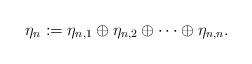
LaTeX: \begin{align*}\eta_n:=\eta_{n,1}\oplus \eta_{n,2}\oplus\dots\oplus\eta_{n,n}.\end{align*}